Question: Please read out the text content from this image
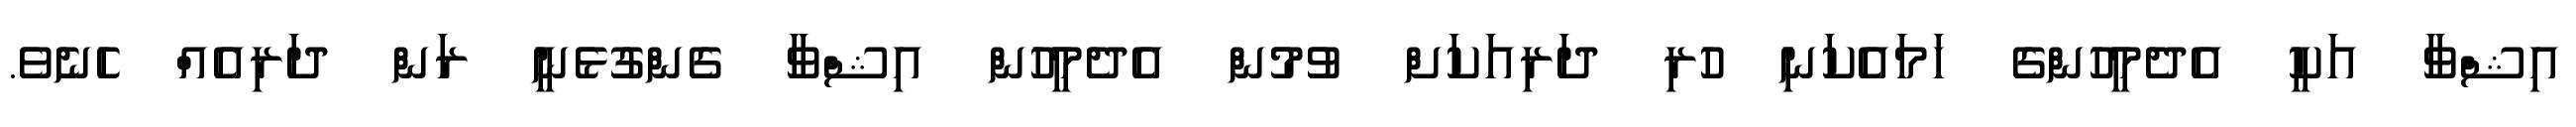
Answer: އިޝްވާ އަކީ އެދެމީހުންގެ ހަމައެކަނި ހުރި ދަރިއަކަށް ވުމުން އެދެމީހުން އިޝްވާ ގެންގުޅެނީ ރަން ދަރިއެއް ހެނެވެ.